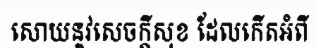
សោយនូវសេចក្តីសុខ ដែលកើតអំពី